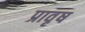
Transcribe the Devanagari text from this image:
प्रावृष